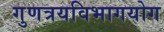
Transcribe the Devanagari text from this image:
गुणत्रयविभागयोग